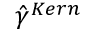
\hat { \gamma } ^ { K e r n }